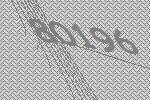
80196